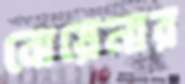
বোয়েনার